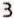
3